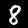
Digit: 8